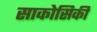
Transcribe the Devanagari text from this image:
साकोसिकी